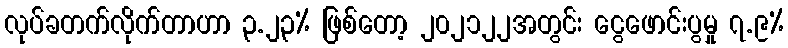
လုပ်ခတက်လိုက်တာဟာ ၃.၂၃% ဖြစ်တော့ ၂၀၂၁၂၂အတွင်း ငွေဖောင်းပွမှု ၇.၉%